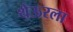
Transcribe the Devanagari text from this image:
थेऊरला